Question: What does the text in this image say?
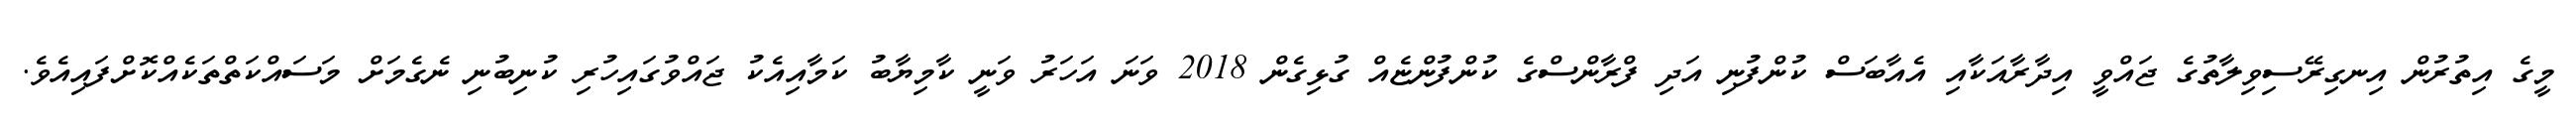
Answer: މީގެ އިތުރުން އިނގިރޭސިވިލާތުގެ ޖައްވީ އިދާރާއަކާއި އެއާބަސް ކުންފުނި އަދި ފްރާންސްގެ ކުންފުންޏެއް ގުޅިގެން 2018 ވަނަ އަހަރު ވަނީ ކާމިޔާބު ކަމާއިއެކު ޖައްވުގައިހުރި ކުނިބުނި ނެގެމަށް މަސައްކަތްތަކެއްކޮށްފައިއެވެ.